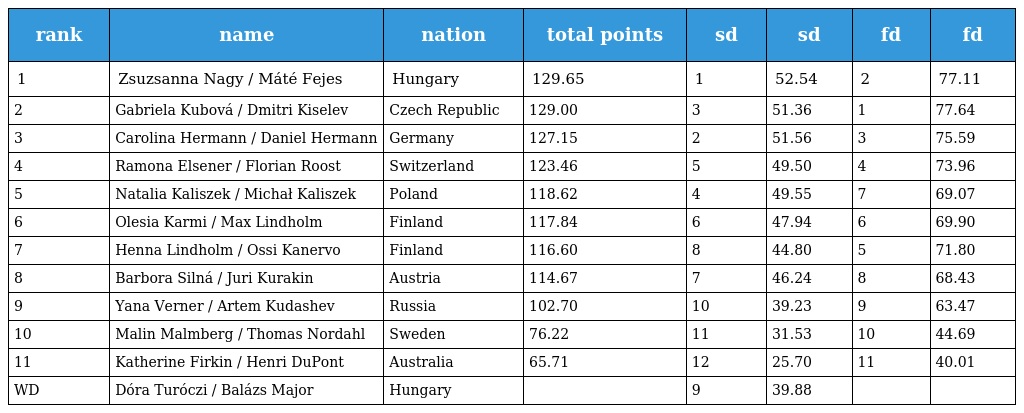
| rank | name | nation | total points | sd | sd | fd | fd |
 | --- | --- | --- | --- | --- | --- | --- | --- |
 | 1 | Zsuzsanna Nagy / Máté Fejes | Hungary | 129.65 | 1 | 52.54 | 2 | 77.11 |
 | 2 | Gabriela Kubová / Dmitri Kiselev | Czech Republic | 129.00 | 3 | 51.36 | 1 | 77.64 |
 | 3 | Carolina Hermann / Daniel Hermann | Germany | 127.15 | 2 | 51.56 | 3 | 75.59 |
 | 4 | Ramona Elsener / Florian Roost | Switzerland | 123.46 | 5 | 49.50 | 4 | 73.96 |
 | 5 | Natalia Kaliszek / Michał Kaliszek | Poland | 118.62 | 4 | 49.55 | 7 | 69.07 |
 | 6 | Olesia Karmi / Max Lindholm | Finland | 117.84 | 6 | 47.94 | 6 | 69.90 |
 | 7 | Henna Lindholm / Ossi Kanervo | Finland | 116.60 | 8 | 44.80 | 5 | 71.80 |
 | 8 | Barbora Silná / Juri Kurakin | Austria | 114.67 | 7 | 46.24 | 8 | 68.43 |
 | 9 | Yana Verner / Artem Kudashev | Russia | 102.70 | 10 | 39.23 | 9 | 63.47 |
 | 10 | Malin Malmberg / Thomas Nordahl | Sweden | 76.22 | 11 | 31.53 | 10 | 44.69 |
 | 11 | Katherine Firkin / Henri DuPont | Australia | 65.71 | 12 | 25.70 | 11 | 40.01 |
 | WD | Dóra Turóczi / Balázs Major | Hungary |  | 9 | 39.88 |  |  |